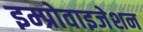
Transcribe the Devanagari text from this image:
इम्प्रोवाइजेशन